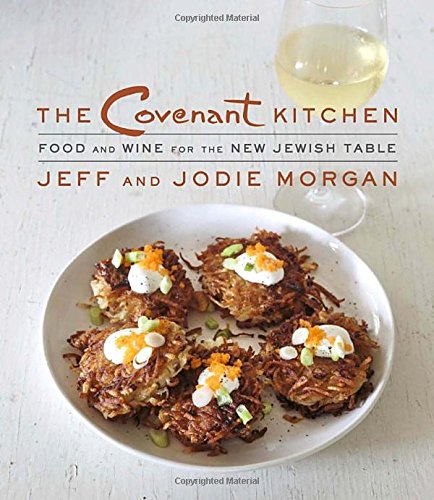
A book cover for The Covenant Kitchen: Food and Wine for the New Jewish Table; Jeff Morgan; Cookbooks, Food & Wine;